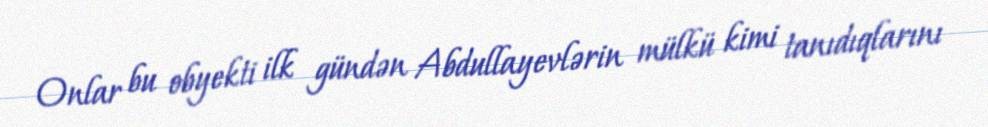
Onlar bu obyekti ilk gündən Abdullayevlərin mülkü kimi tanıdıqlarını